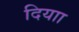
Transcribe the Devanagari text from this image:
दियाा